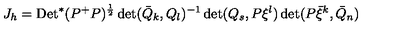
J _ { h } = \mathrm { D e t } ^ { * } ( P ^ { + } P ) ^ { \frac { 1 } { 2 } } \det ( \bar { Q } _ { k } , Q _ { l } ) ^ { - 1 } \det ( Q _ { s } , P \xi ^ { l } ) \det ( P \bar { \xi } ^ { k } , \bar { Q } _ { n } )